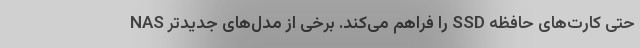
حتی کارت‌های حافظه SSD را فراهم می‌کند. برخی از مدل‌های جدیدتر NAS